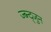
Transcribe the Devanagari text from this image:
ज्ब्न्द्जुन